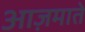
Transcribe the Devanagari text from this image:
आज़माते